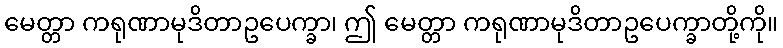
မေတ္တာ ကရုဏာမုဒိတာဥပေက္ခာ၊ ဤ မေတ္တာ ကရုဏာမုဒိတာဥပေက္ခာတို့ကို။